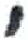
אות: י